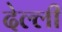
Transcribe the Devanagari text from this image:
देल्ली